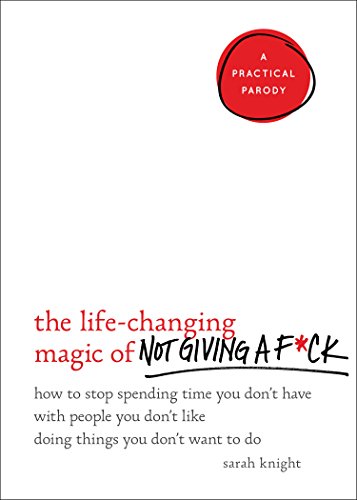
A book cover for The Life-Changing Magic of Not Giving a F*ck: How to Stop Spending Time You Don't Have with People You Don't Like Doing Things You Don't Want to Do; Sarah Knight; Humor & Entertainment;